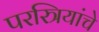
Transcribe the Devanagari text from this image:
परस्त्रियांचे